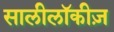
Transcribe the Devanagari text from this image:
सालीलॉकीज़